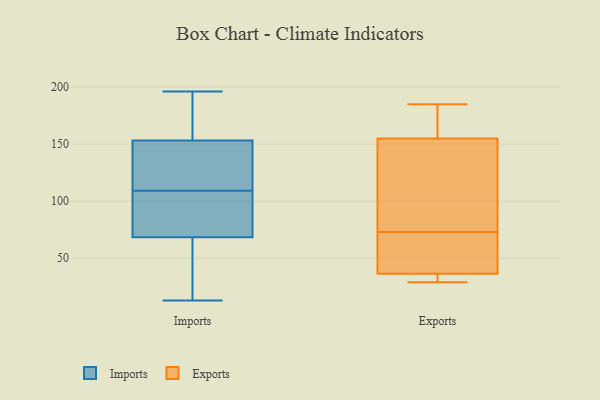
{"axis": {"x": "Active Users", "y": "Value"}, "legend": ["Exports", "Imports"], "data": [{"x": "", "y": 139, "type": "Imports"}, {"x": "", "y": 158, "type": "Imports"}, {"x": "", "y": 171, "type": "Imports"}, {"x": "", "y": 90, "type": "Imports"}, {"x": "", "y": 196, "type": "Imports"}, {"x": "", "y": 103, "type": "Imports"}, {"x": "", "y": 133, "type": "Imports"}, {"x": "", "y": 13, "type": "Imports"}, {"x": "", "y": 109, "type": "Imports"}, {"x": "", "y": 58, "type": "Imports"}, {"x": "", "y": 61, "type": "Imports"}, {"x": "", "y": 73, "type": "Exports"}, {"x": "", "y": 154, "type": "Exports"}, {"x": "", "y": 43, "type": "Exports"}, {"x": "", "y": 39, "type": "Exports"}, {"x": "", "y": 141, "type": "Exports"}, {"x": "", "y": 29, "type": "Exports"}, {"x": "", "y": 34, "type": "Exports"}, {"x": "", "y": 128, "type": "Exports"}, {"x": "", "y": 32, "type": "Exports"}, {"x": "", "y": 163, "type": "Exports"}, {"x": "", "y": 160, "type": "Exports"}, {"x": "", "y": 138, "type": "Exports"}, {"x": "", "y": 185, "type": "Exports"}, {"x": "", "y": 158, "type": "Exports"}, {"x": "", "y": 54, "type": "Exports"}, {"x": "", "y": 37, "type": "Exports"}, {"x": "", "y": 31, "type": "Exports"}]}